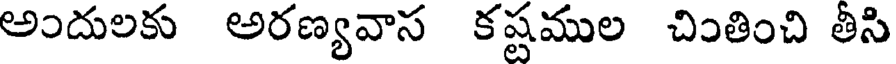
అందులకు అరణ్యవాస కష్టముల చింతించి తీసి